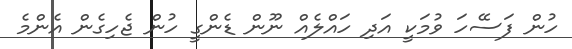
ހުން ފަސޭހަ ވުމަކީ އަދި ހައްލެއް ނޫން ޑެންގީ ހުން ޖެހިގެން އެންމެ